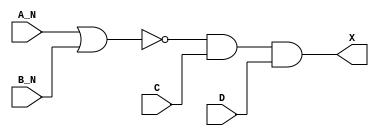
module sky130_fd_sc_hdll__and4bb (
    X  ,
    A_N,
    B_N,
    C  ,
    D
);

    // Module ports
    output X  ;
    input  A_N;
    input  B_N;
    input  C  ;
    input  D  ;

    // Module supplies
    supply1 VPWR;
    supply0 VGND;
    supply1 VPB ;
    supply0 VNB ;

    // Local signals
    wire nor0_out  ;
    wire and0_out_X;

    //  Name  Output      Other arguments
    nor nor0 (nor0_out  , A_N, B_N       );
    and and0 (and0_out_X, nor0_out, C, D );
    buf buf0 (X         , and0_out_X     );

endmodule